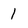
Character: 1